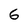
Character: 6